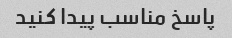
پاسخ مناسب پیدا کنید